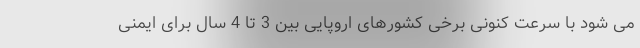
می شود با سرعت کنونی برخی کشورهای اروپایی بین 3 تا 4 سال برای ایمنی